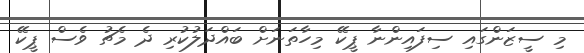
މި ސީޒަންގައި ސިފައިންނާ ޕީކޭ މިހާތަނަށް ބައްދަލުކުރި ދެ މެޗު ވެސް ޕީކޭ